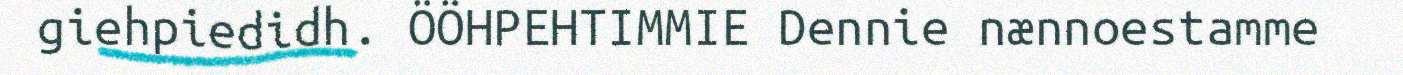
giehpiedidh. ÖÖHPEHTIMMIE Dennie nænnoestamme